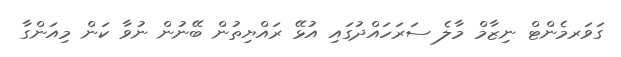
ގަވަރމެންޓް ނިޒާމް މާލެ ސަރަހައްދުގައި އުޅޭ ރައްޔިތުން ބޭނުން ނުވާ ކަން މިއަންގާ